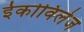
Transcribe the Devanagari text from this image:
ईकोविलेज